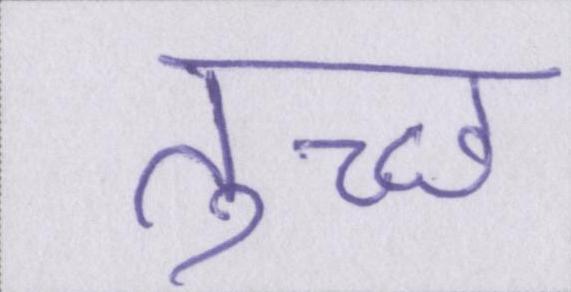
तुच्छ